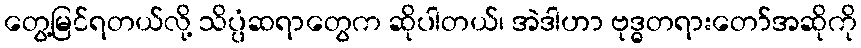
တွေ့မြင်ရတယ်လို့ သိပ္ပံဆရာတွေက ဆိုပါတယ်၊ အဲဒါဟာ ဗုဒ္ဓတရားတော်အဆိုကို